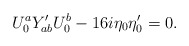
\begin{align*}U_{0}^a Y^\prime_{ab}U_{0}^b-16 i\eta_{0}\eta^\prime_{0} =0.\end{align*}